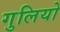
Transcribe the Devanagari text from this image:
गुलियो